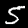
Digit: 5